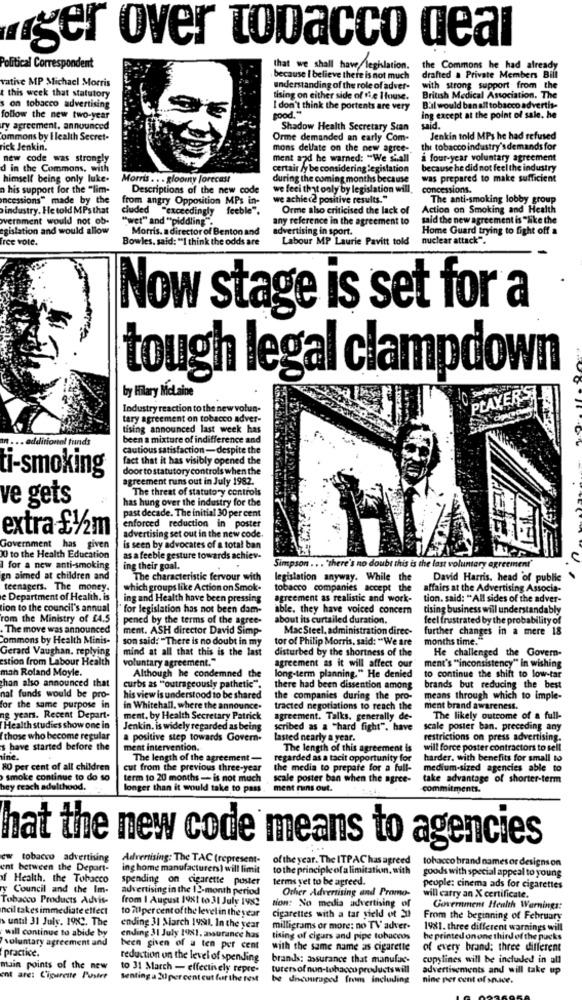
ger over tobacco deal
Political Correspondent
that we shall have legislation.
the Commons he had already
vative MP Michael Morris
because I believe there is not much
drafted a Private Members Bill
this week that statutory
understanding of the role of adver-
with strong support from the
tising on either side of the House.
British Medical Association. The
on tobacco advertising
good."
I don't think the portents are very
Bul would ban all tobacco advertis-
follow the new two-year
ing except at the point of sale. he
ry agreement, announced
Shadow Health Secretary Scan
said.
commons by I lealth Secret-
Orme demanded an early Com-
Jenkin told MPs he had refused
rick Jenkin.
mons dellate on the new agree-
the tobacco industry's demands for
new code was strongly
ment and he warned: "We shall
a four-year voluntary agreement
d in the Commons, with
certair ly be considering legislation
because he did not feel the industry
himself being only luke.
Morris .. . gloomy forecast
during the coming months because
was prepared to make sufficient
n his support for the "lim-
Descriptions of the new code
we feci that only by legislation will
concessions.
Incessions" made by the
angry Opposition MPs in-
we achiec2 positive results."
The anti-smoking lobby group
industry. He told MPs that
cluded "exceedingly feeble".
Orme also criticised the lack of
Action on Smoking and Health
wvernment would not ob-
"wet" and "piddling .
any reference in the agreement to
said the new agreement is "like the
egislation and would allow
Morris. a director of Benton and
advertising in sport.
Home Guard trying to fight off a
free vote.
Bowles. said: "I think the odds are
Labour MP Laurie Pavitt told
nuclear attack".
Now stage is set for a
tough legal clampdown
by Hilary MoLaine
PLAYERS
Industry reaction to the new volun-
tary agreement on tobacco adver-
tising announced last week has
ditional funds
been a mixture of indifference and
cautious satisfaction- despite the
fact that it has visibly opened the
ti-smoking
door to statutory controls when the
agreement runs out in July 1982.
The threat of statutory controls
ve gets
has hung over the industry for the
past decade. The initial 30 per cent
enforced reduction in poster
extra £1/2m
advertising set out in the new code.
Government has given
is seen by advocates of a total ban
0 to the Health Education
as a feeble gesture towards achiev-
1 for a new anti-smoking
ing their goal.
Simpson ... "there's no doubt this is the last voluntary agreement"
gn aimed at children and
The characteristic fervour with
legislation anyway. While the
David Harris, head of public
teenagers. The money.
which groups like Action on Smok-
tobacco companies accept the
affairs at the Advertising Associa-
e Department of Health. is
ing and Health have been pressing
agreement as realistic and work-
tion. said: "All sides of the adver-
tion to the council's annual
for legislation has not been dam-
able. they have voiced concern
tising business will understandably
rom the Ministry of £4.5
pened by the terms of the agree-
about its curtailed duration.
feel frustrated by the probability of
. The move was announced
ment. ASH director David Simp-
Mac Steel, administration direc-
further changes in a mere 18
Commons by Health Minis-
son said: "There is no doubt in my
tor of Philip Morris, said: "We are
months time."
Gerard Vaughan. replying
mind at all that this is the last
disturbed by the shortness of the
He challenged the Govern-
estion from Labour Health
voluntary agreement."
agreement as it will affect our
mah Roland Moyle.
to continue the shift to low-tar
ment's "inconsistency" In wishing
chan also announced that
Although he condemned the
long-term planning." He denied
curbs as "outrageously pathetic".
there had been dissention among
brands but reducing the best
nal funds would be pro-
his view is understood to be shared
the companies during the pro-
means through which to imple-
for the same purpose in
in Whitehall, where the announce-
tracted negotiations to reach the
ment brand awareness.
ng years. Recent Depart.
ment. by Health Secretary Patrick
agreement. Talks. generally de-
The likely outcome of a full-
Health studies show one in
Jenkin. is widely regarded as being
scribed as a "hard fight". have
scale poster ban. preceding any
Ithose who become regular
a positive step towards Govern-
lasted nearly a year.
restrictions on press advertising.
s have started before the
ment intervention.
The length of this agreement is
will force poster contractors to sell
ine.
The length of the agreement -
regarded as a tacit opportunity for
harder. with benefits for small to
80 per cent of all children
cut from the previous three-year
the media to prepare for a full-
medium-sized agencies able to
smoke continue to do so
term to 20 months -- is not much
scale poster ban when the agree-
take advantage of shorter-term
hey reach adulthood.
longer than it would take to pass
ment ruins out.
commitments.
hat the new code means to agencies
ew tobacco advertising
Advertising: The TAC (represent-
of the year. The ITP AC has agreed
tobacco brand names or designs on
ent between the Depart-
ing home manufacturers ) will limit
to the principle of a limitation, with
goods with special appeal to young
of Health. the Tobacco
spending on cigarette puster
terms yet to be agreed.
y Council and the Im-
advertising in the 12-month period
Other Advertising and Promo-
peuple: cinema ads for cigarettes
Tobacco Products Advise
from I August 1981 to 31 July 1982
tion: No media advertising of
will carry an X certificate.
ncil takes immediate effect
to ful per cent of the level in the year
Government Health Warnings:
until 31 July. 1983. The
cigarettes with a tar yield of 20
From the beginning of February
will continue to abide by
ending 31 March 1991. In the year
milligrams or more: no TV adver-
1981. three different warnings will
voluntary agreement and
ending 31 July 1981, assurance has
tising of cigars and pipe tobaccos
be printed on one third of the pucks
practice.
been given of a ten per cent
with the same name as cigarette
of every brand: three different
reduction on the level of spending
brands: assurance that manufac-
copylines will be included in all
main points of the new
to 31 March - effectively repre-
turers of non-tobacco products will
advertisements and will take up
ent are: Cigarette P'uster
Senting a 2u per cent cut for the rest
be dncouraged from including
nine per cent of space.